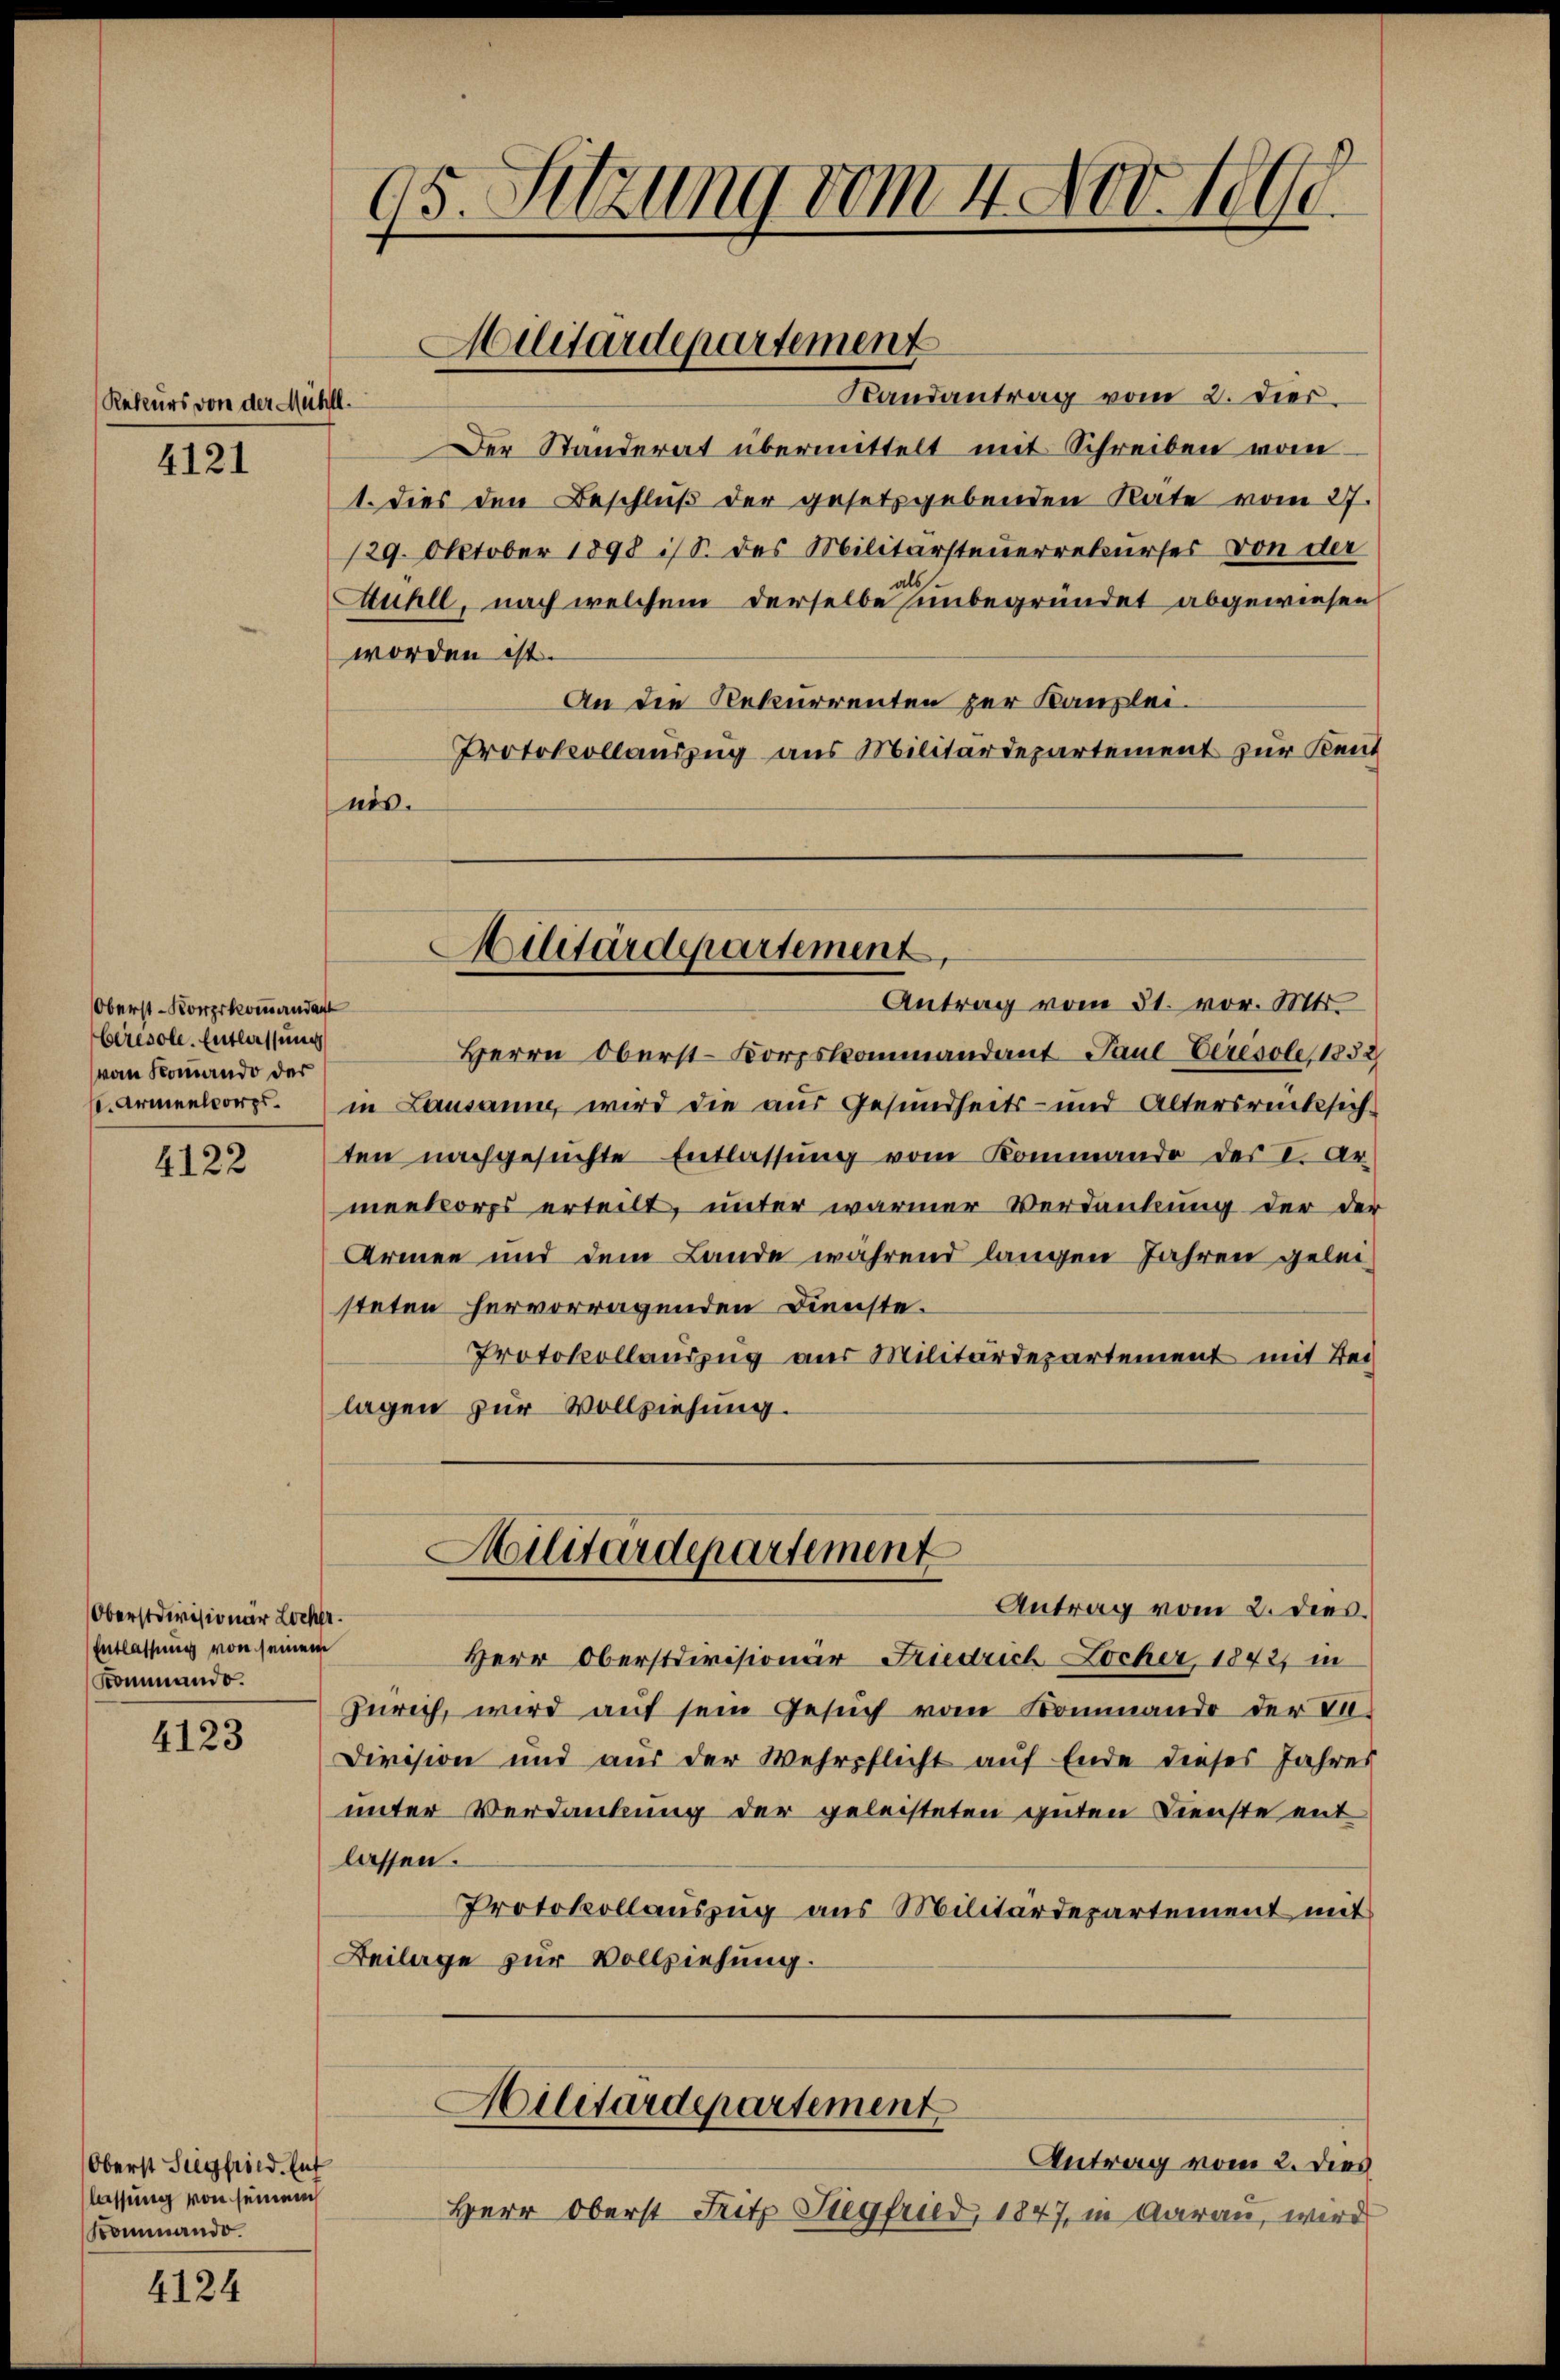
Rekurs von der Mühll.

4121

Oberst-Korpskommendan
Ceresole. Entlassung
vom Romando der

4122

Oberstdivisionär Locker.
Entlassung von seinem
Kommando.

4123

Oberst Siegfried. Ent
lassung von seinem
Kommando.

4124

95. Sitzung vom 4. Nov. 1890.

Militärdepartement

Militärdepartement
Antrag vom 31. vor. Mt

Herrn Oberst-Korpskommandant Paul Veresole 1832
C. Armentorp. in Lausanne, wird die aus Gesundheits- und Altersrücksich-
ten nachgesuchte Entlassung vom Kommando der I. Ar
menkorps erteilt, unter wärmer Verdankung der der
Armen und dem Lande während langen Jahren geleisteten hervorragenden Dienste.
Protokollauszug aus Militärdepartement mit Bei
lagen zur Vollziehung.

Randantrag vom 2. Dies
Der Ständerat übermittelt mit Schreiben vom
1. Dies den Beschluß der gesetzgebenden Rate vom 27.
129. Oktober 1898 ist. des Militärsteuerrekurses von der
Auhll, nach welchem derselbe unbegründet abgewiesen
worden ist.
An die Rekurrenten zur Kanzlei¬
Protokollauszug aus Militärdepartement zur Kent
nis.

Militärdepartement
Antrag vom 2. dies.

Hilitärdepartement
Antrag vom 2. dies

Herr Oberstdivisionär Friedrich Locher, 1842, in
Zürich, wird auf sein Gesuch vom Kommando der Ta
Division und aus der Wehrpflicht auf Ende dieses Jahres
unter Verdankung der geleisteten guten Dienste mit
lassen.
Protokollauszug aus Militärdepartement mit
Beilage zur Vollziehung.

Herr Oberst Fritz Siegfried, 1847, in Aarau, wird